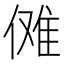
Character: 傩